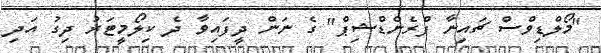
"މޯލްޑިވްސް ޗައިނާ ފްރެންޑްޝިޕް" ގެ ނަން ދީފައިވާ ދެ ކިލޯމީޓަރު ދިގު އަދި